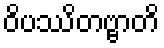
ဝိပဿိတဗ္ဗာတိ